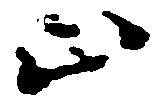
止